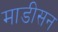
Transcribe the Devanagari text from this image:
माडीसन